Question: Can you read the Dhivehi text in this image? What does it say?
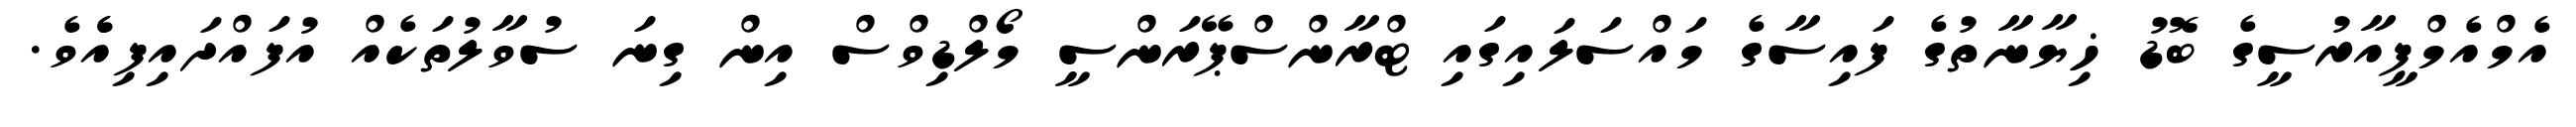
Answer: އެމްއެމްޕީއާރުސީގެ ބޮޑު ޚިޔާނާތުގެ ފައިސާގެ މައްސަލައިގައި ޓްރާންސްޕޭރަންސީ މޯލްޑިވްސް އިން ގިނަ ސުވާލުތަކެއް އުފައްދައިފިއެެވެ.